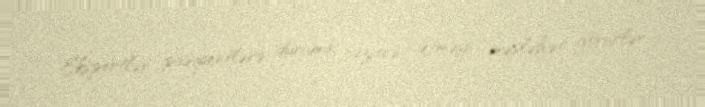
Ekspertlər pasiyentlərə duruma nəzarət etməyi məsləhət görürlər.